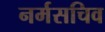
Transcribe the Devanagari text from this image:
नर्मसचिव